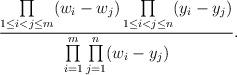
LaTeX: \begin{gather*} \frac{ \prod\limits_{1\le i<j\le m}(w_i-w_j) \prod\limits_{1\le i<j\le n}(y_i-y_j)} { \prod\limits_{i=1}^{m}\prod\limits_{j=1}^{n}(w_i-y_j)}.\end{gather*}